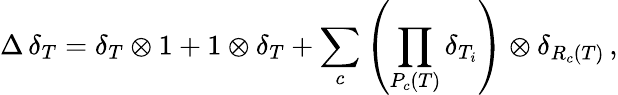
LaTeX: \Delta\, \delta_{T}=\delta_{T}\otimes 1+1\otimes\delta_{T}+\sum_{c}\left(\prod_{P_{c}(T)}\delta_{T_{i}}\right)\otimes\delta_{R_{c}(T)}\, ,